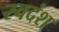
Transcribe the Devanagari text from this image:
स्वदंश